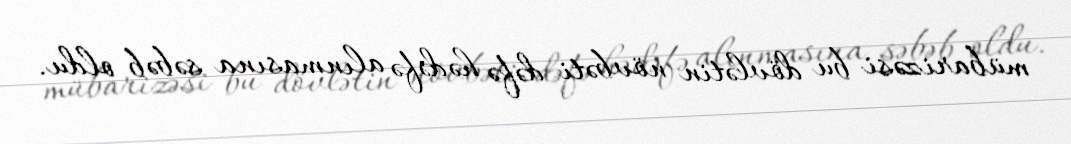
mübarizəsi bu dövlətin növbəti dəfə hədəfə alınmasına səbəb oldu.